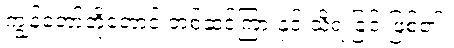
ကျွန်တော်တို့တောင် တစ်ဆင့်ကြားနှင့် သိရ ခြင်းဖြစ်၏။